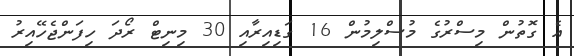
އެ ގޮތުން މިސްރުގެ މުސްލިމުން 16 ގަޑިއިރާއި 30 މިނިޓް ރޯދަ ހިފަންޖެހޭއިރު